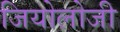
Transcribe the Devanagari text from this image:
जियोलोजी